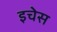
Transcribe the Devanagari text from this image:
इचेस